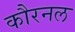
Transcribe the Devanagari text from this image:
कौरनल